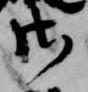
御